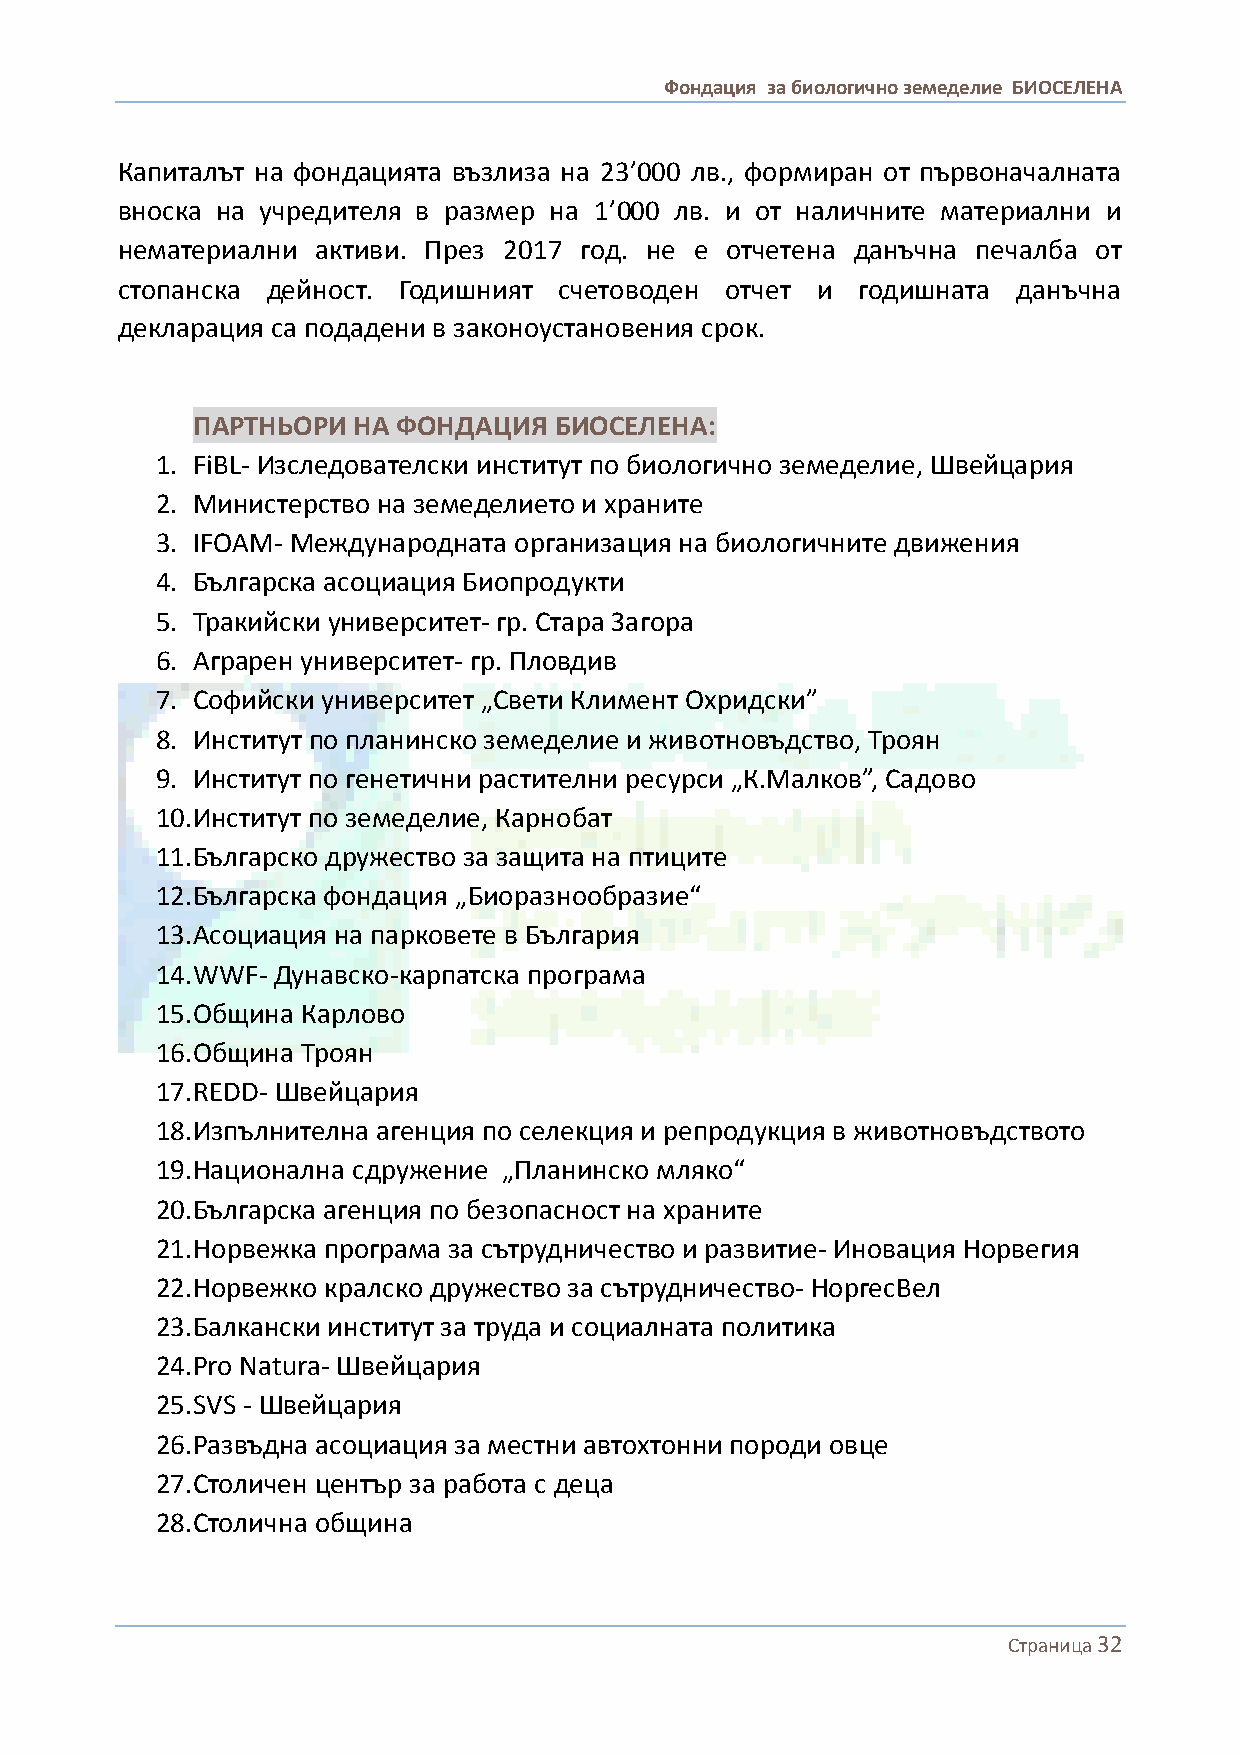
Фондация за биологично земеделие БИОСЕЛЕНА
 Капиталът на фондацията възлиза на 23’000 лв., формиран от първоначалната
 вноска на учредителя в размер на 1’000 лв. и от наличните материални и
 нематериални активи. През 2017 год. не е отчетена данъчна печалба от
 стопанска дейност. Годишният счетоводен отчет и  годишната данъчна
 декларация са подадени в законоустановения срок.
 ПАРТНЬОРИ НА ФОНДАЦИЯ   БИОСЕЛЕНА:
 1. FiBL- Изследователски институт по биологично земеделие, Швейцария
 2. Министерство на земеделието и храните
 3. IFOAM- Международната организация на биологичните движения
 4. Българска асоциация Биопродукти
 5. Тракийски университет- гр. Стара Загора
 6. Аграрен университет- гр. Пловдив
 7. Софийски университет „Свети Климент Охридски”
 8. Институт по планинско земеделие и животновъдство, Троян
 9. Институт по генетични растителни ресурси „К.Малков”, Садово
 10. Институт по земеделие, Карнобат
 11. Българско дружество за защита на птиците
 12. Българска фондация „Биоразнообразие“
 13. Асоциация на парковете в България
 14. WWF- Дунавско-карпатска програма
 15. Община Карлово
 16. Община Троян
 17. REDD- Швейцария
 18. Изпълнителна агенция по селекция и репродукция в животновъдството
 19. Национална сдружение „Планинско мляко“
 20. Българска агенция по безопасност на храните
 21. Норвежка програма за сътрудничество и развитие- Иновация Норвегия
 22. Норвежко кралско дружество за сътрудничество- НоргесВел
 23. Балкански институт за труда и социалната политика
 24. Pro Natura- Швейцария
 25. SVS - Швейцария
 26. Развъдна асоциация за местни автохтонни породи овце
 27. Столичен център за работа с деца
 28. Столична община
 Страница 32